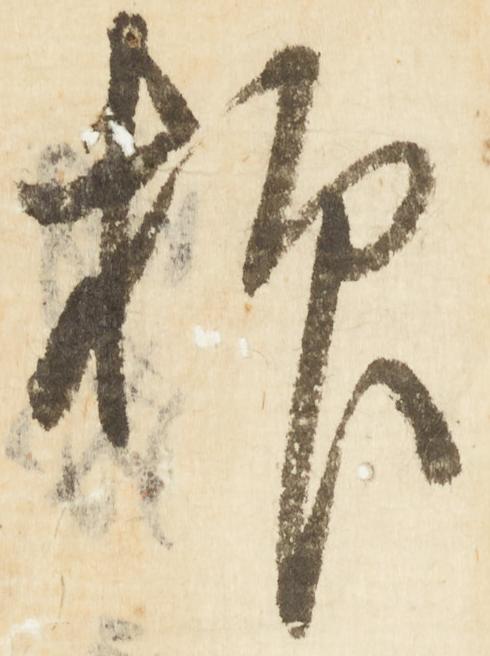
抑